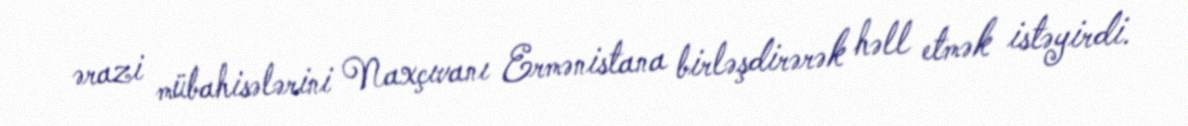
ərazi mübahisələrini Naxçıvanı Ermənistana birləşdirərək həll etmək istəyirdi.